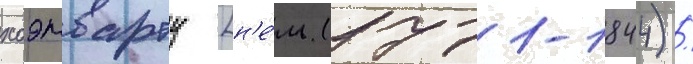
хоэнварту [н'е́м. (1771-1844) /